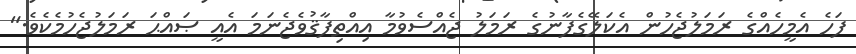
ފަހެ އެމީހެއްގެ ރަމަލުޖެހުން އެކަލޭގެފާނުގެ ރަމަލު ޖެއްސެވުމާ އިއްތިފާޤުވެޖެނަމަ އެއީ ޞައްޙަ ރަމަލުޖެހުމެކެވެ."